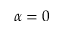
\alpha = 0